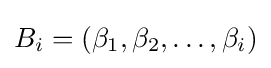
B_{i}=(\beta _{1},\beta _{2},\ldots ,\beta _{i})